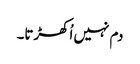
دم نہیں اُکھڑتا۔